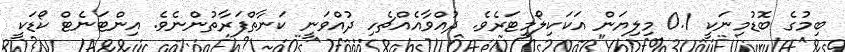
ބިމުގެ ބޮޑުމިނަކީ 0.1 މިލިޔަން އަކަކިލޯމީޓަރެވެ. ދުއްވާއެއްޗެހި ދުއްވަނީ ކަނާތްފަރާތުންނެވެ. އިންޓަނެޓް ކޯޑަކީ